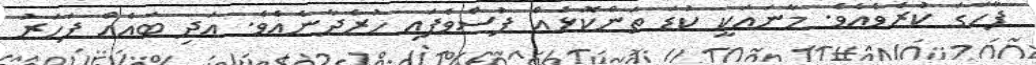
ފާހަގަ ކުރެވެއެވެ. މާނައަކީ ކުޑަ ތަންކޮޅެއް ފުސްވެފައި ހުރެދާނެއެވެ. އަދި ބައެއް ފަހަރު